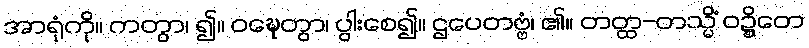
အာရုံကို။ ကတွာ၊ ၍။ ဝဍ္ဎေတွာ၊ ပွါးစေ၍။ ဌပေတဗ္ဗံ၊ ၏။ တတ္ထ-တသ္မိံ ဝဍ္ဍ္ဎိတေ